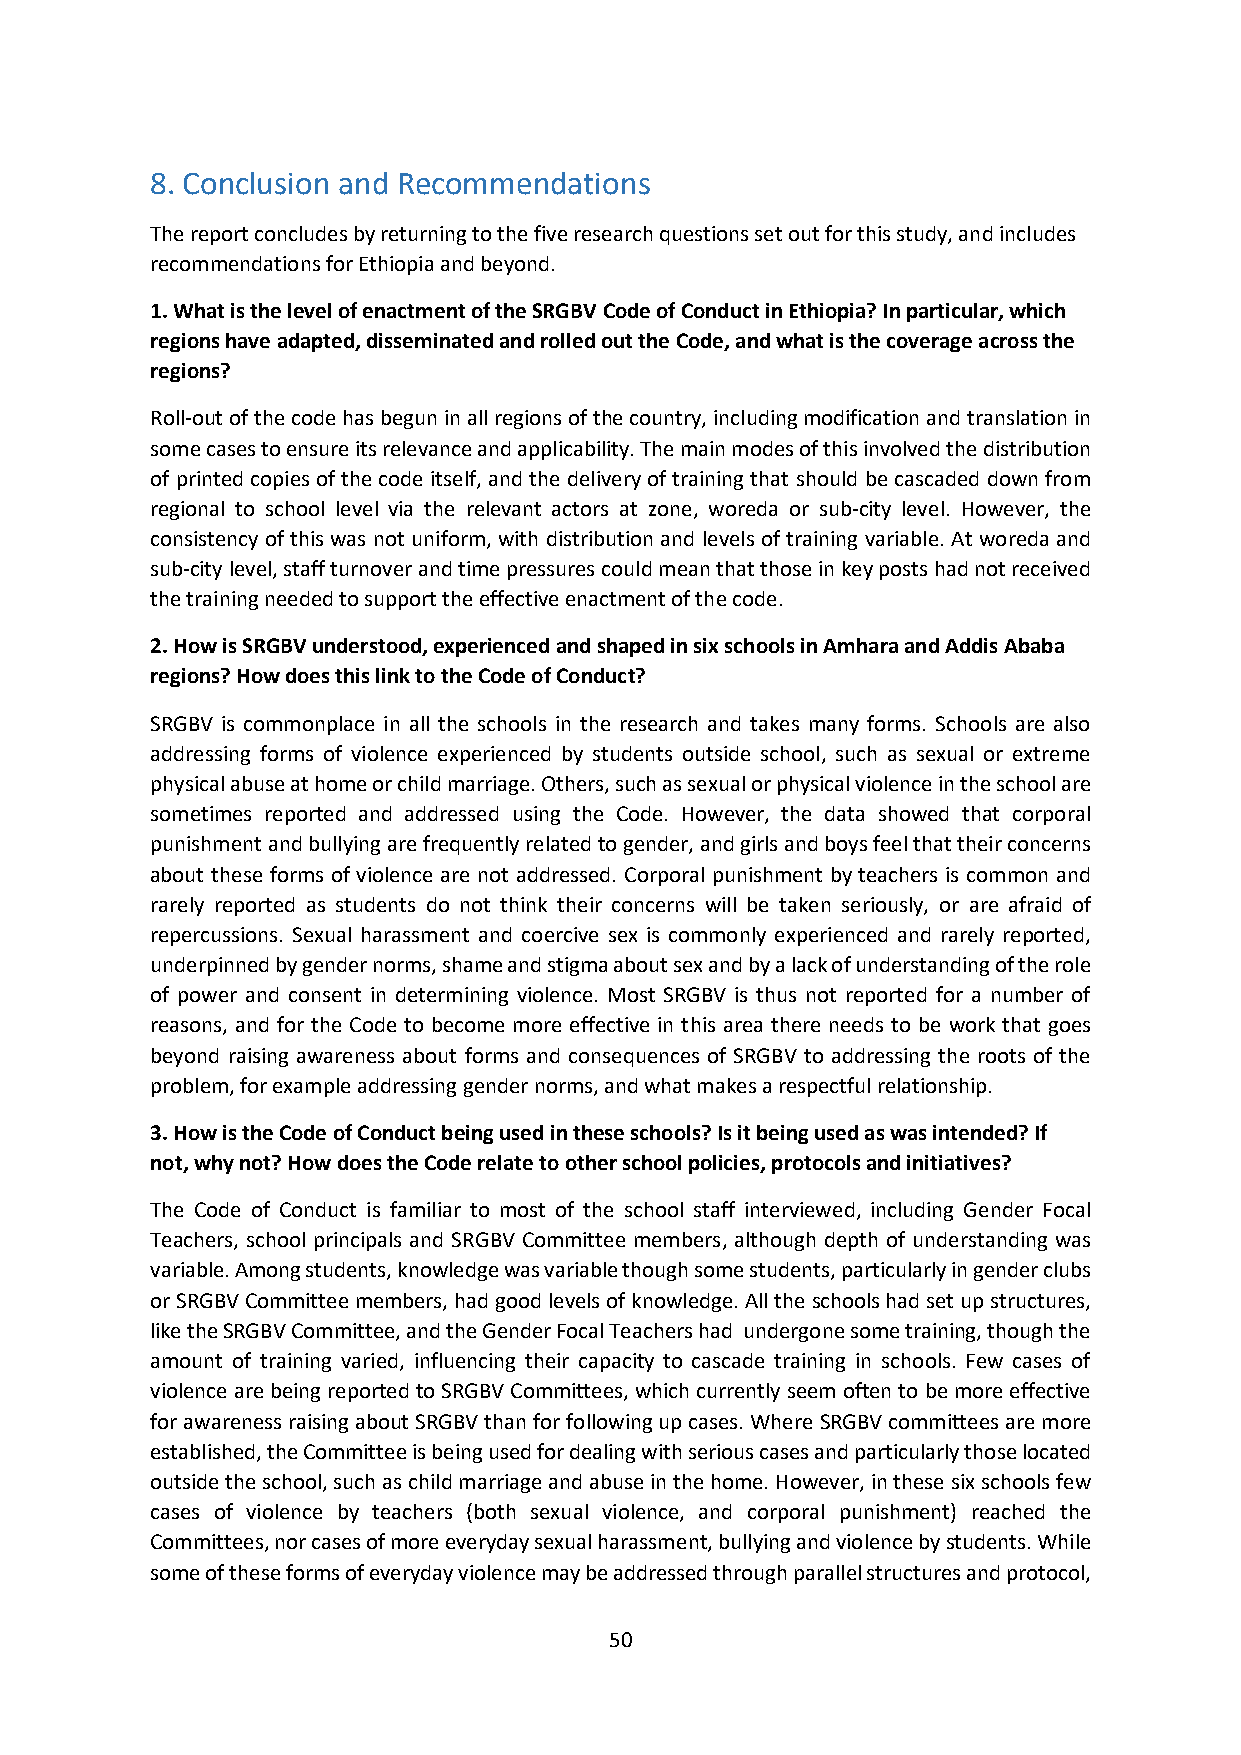
8. Conclusion and Recommendations
 The report concludes by returning to the five research questions set out for this study, and includes
 recommendations for Ethiopia and beyond.
 1. What is the level of enactment of the SRGBV Code of Conduct in Ethiopia? In particular, which
 regions have adapted, disseminated and rolled out the Code, and what is the coverage across the
 regions?
 Roll-out of the code has begun in all regions of the country, including modification and translation in
 some cases to ensure its relevance and applicability. The main modes of this involved the distribution
 of printed copies of the code itself, and the delivery of training that should be cascaded down from
 regional to school level via the relevant actors at zone, woreda or sub-city level. However, the
 consistency of this was not uniform, with distribution and levels of training variable. At woreda and
 sub-city level, staff turnover and time pressures could mean that those in key posts had not received
 the training needed to support the effective enactment of the code.
 2. How is SRGBV understood, experienced and shaped in six schools in Amhara and Addis Ababa
 regions? How does this link to the Code of Conduct?
 SRGBV is commonplace in all the schools in the research and takes many forms. Schools are also
 addressing forms of violence experienced by students outside school, such as sexual or extreme
 physical abuse at home or child marriage. Others, such as sexual or physical violence in the school are
 sometimes reported and addressed using the Code. However, the data showed that corporal
 punishment and bullying are frequently related to gender, and girls and boys feel that their concerns
 about these forms of violence are not addressed. Corporal punishment by teachers is common and
 rarely reported as students do not think their concerns will be taken seriously, or are afraid of
 repercussions. Sexual harassment and coercive sex is commonly experienced and rarely reported,
 underpinned by gender norms, shame and stigma about sex and by a lack of understanding of the role
 of power and consent in determining violence. Most SRGBV is thus not reported for a number of
 reasons, and for the Code to become more effective in this area there needs to be work that goes
 beyond raising awareness about forms and consequences of SRGBV to addressing the roots of the
 problem, for example addressing gender norms, and what makes a respectful relationship.
 3. How is the Code of Conduct being used in these schools? Is it being used as was intended? If
 not, why not? How does the Code relate to other school policies, protocols and initiatives?
 The Code of Conduct is familiar to most of the school staff interviewed, including Gender Focal
 Teachers, school principals and SRGBV Committee members, although depth of understanding was
 variable. Among students, knowledge was variable though some students, particularly in gender clubs
 or SRGBV Committee members, had good levels of knowledge. All the schools had set up structures,
 like the SRGBV Committee, and the Gender Focal Teachers had undergone some training, though the
 amount of training varied, influencing their capacity to cascade training in schools. Few cases of
 violence are being reported to SRGBV Committees, which currently seem often to be more effective
 for awareness raising about SRGBV than for following up cases. Where SRGBV committees are more
 established, the Committee is being used for dealing with serious cases and particularly those located
 outside the school, such as child marriage and abuse in the home. However, in these six schools few
 cases of violence by teachers (both sexual violence, and corporal punishment) reached the
 Committees, nor cases of more everyday sexual harassment, bullying and violence by students. While
 some of these forms of everyday violence may be addressed through parallel structures and protocol,
 50